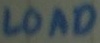
Text: LOAD